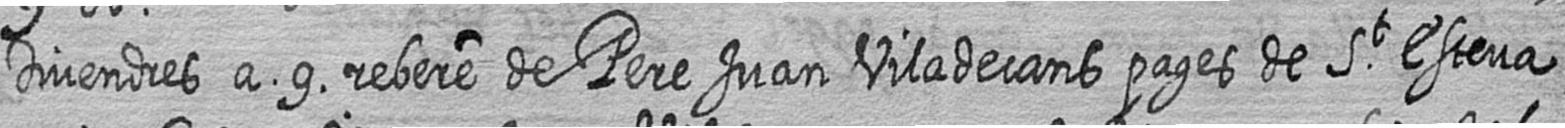
Divendres a 9 rebere de Pere Juan Viladecans pages de St Esteva